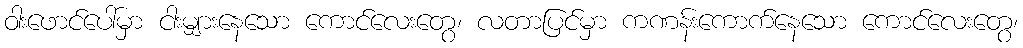
ဝါးဖောင်ပေါ်မှာ ငါးမျှားနေသော ကောင်လေးတွေ၊ လတာပြင်မှာ ကဏန်းကောက်နေသော ကောင်လေးတွေ၊